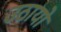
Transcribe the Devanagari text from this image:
उठायो